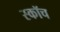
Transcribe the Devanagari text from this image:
स्‍कॉच